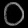
Digit: ၀